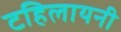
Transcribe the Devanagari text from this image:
टहिलायनी